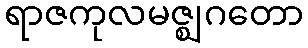
ရာဇကုလမဇ္ဈဂတော